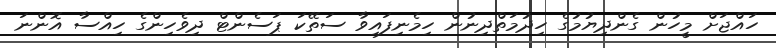
ހައްޖަށް މީހުން ގެންދިޔުމުގެ ހިދުމަތްދިނުން ހިމެނިފައިވާ ސަތޭކަ ޕަސެންޓް ދިވެހިންގެ ހިއްސާ އޮންނަ